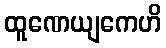
ထူဏေယျကေဟိ